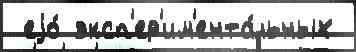
 еjо́ эксп'ер'им'ента́льных